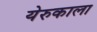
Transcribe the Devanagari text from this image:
येरुकाला